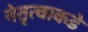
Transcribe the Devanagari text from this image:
नेतृत्वाकडे